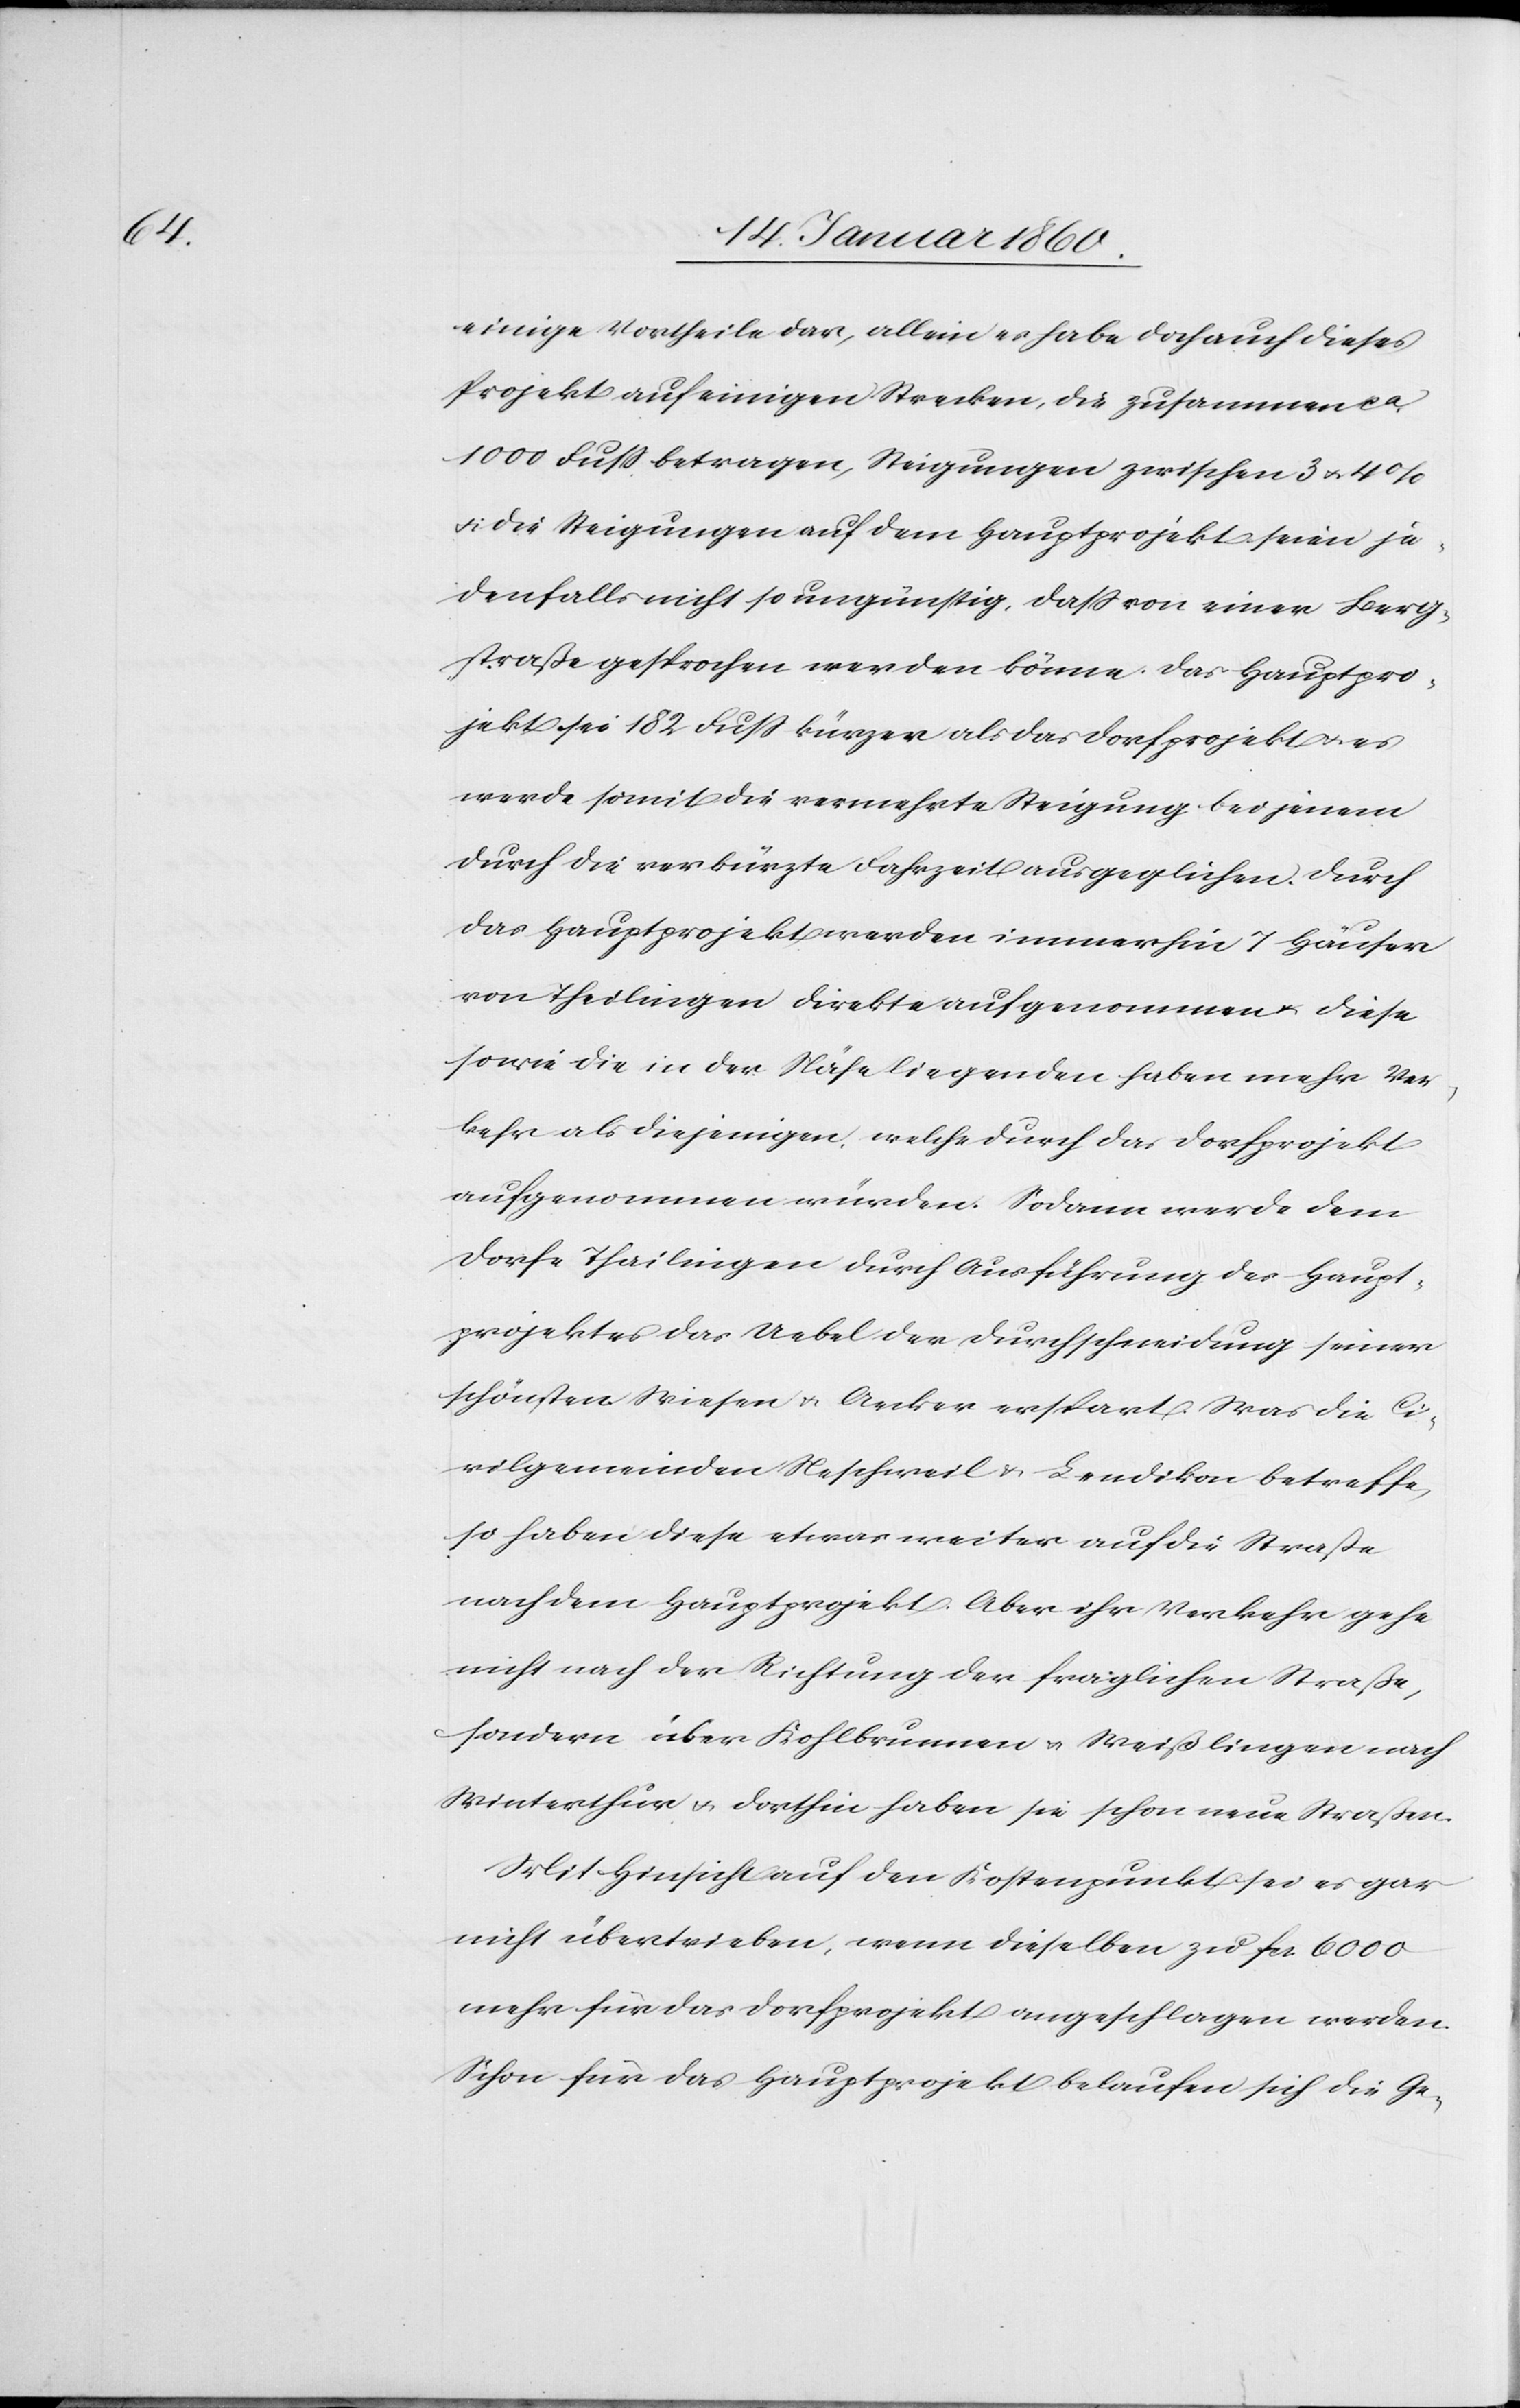
einige Vortheile dar, allein er habe doch auch dieses
Projekt auf einigen Strecken, die zusammen ca
1000 Fuß betragen, Steigungen zwischen 3 u. 4
u. die Steigungen auf dem Hauptprojekt seien ja¬
denfalls [sic!] nicht so ungünstig, dass von einer Berg¬
straße gesprochen werden könne. Das Hauptpro¬
jekt sei 182 Fuß kürzer als das Dorfprojekt u. es
werde somit die vermehrte Steigung bei jenem
durch die verkürzte Fahrzeit ausgeglichen. Durch
das Hauptprojekt werden immerhin 7 Häuser
von Theilingen direkte aufgenommen u. diese
sowie die in der Nähe liegenden haben mehr Ver¬
kehr als diejenigen, welche durch das Dorfprojekt
aufgenommen würden. Sodann werde dem
Dorfe Thailingen [sic!] durch Ausführung des Haupt¬
projektes das Uebel der Durchschneidung seiner
schönsten Wiesen u. Acker erspart u. was die Ci¬
vilgemeinden Neschweil u. Bendikon betreffe,
so haben diese etwas weiter auf die Strasse
nach dem Hauptprojekt. Aber ihr Verkehr gehe
nicht nach der Richtung der fraglichen Strasse,
sondern über Kohlbrunnen u. Weißlingen nach
Winterthur u. dorthin haben sie schon neue Straßen.
Mit Hinsicht auf den Kostenpunkt sei es gar
nicht übertrieben, wenn dieselben zu fcs. 6000.
mehr für das Dorfprojekt angeschlagen werden.
Schon für das Hauptprojekt belaufen sich die Ge-